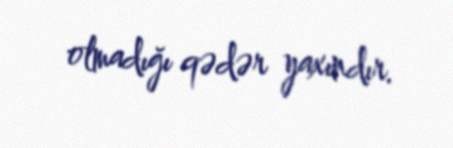
olmadığı qədər yaxındır.